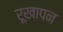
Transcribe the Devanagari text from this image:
रूखापन